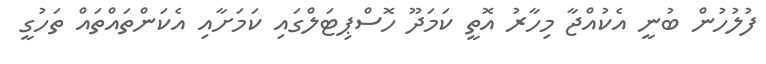
ފުލުހުން ބުނީ އެކުއްޖާ މިހާރު އޮތީ ކަމަދޫ ހޮސްޕިޓަލްގައި ކަމަށާއި އެކަންތައްތައް ތަހުގީ